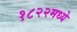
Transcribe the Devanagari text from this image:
१८२२मध्ये